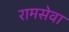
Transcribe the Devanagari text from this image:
रामसेवा